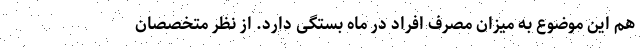
هم این موضوع به میزان مصرف افراد در ماه بستگی دارد. از نظر متخصصان